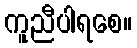
ကူညီပါရစေ။